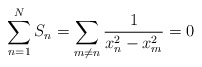
\begin{align*} \sum_{n=1}^N S_n=\sum_{m\ne n} \frac{1}{x_n^2-x_m^2}=0\end{align*}